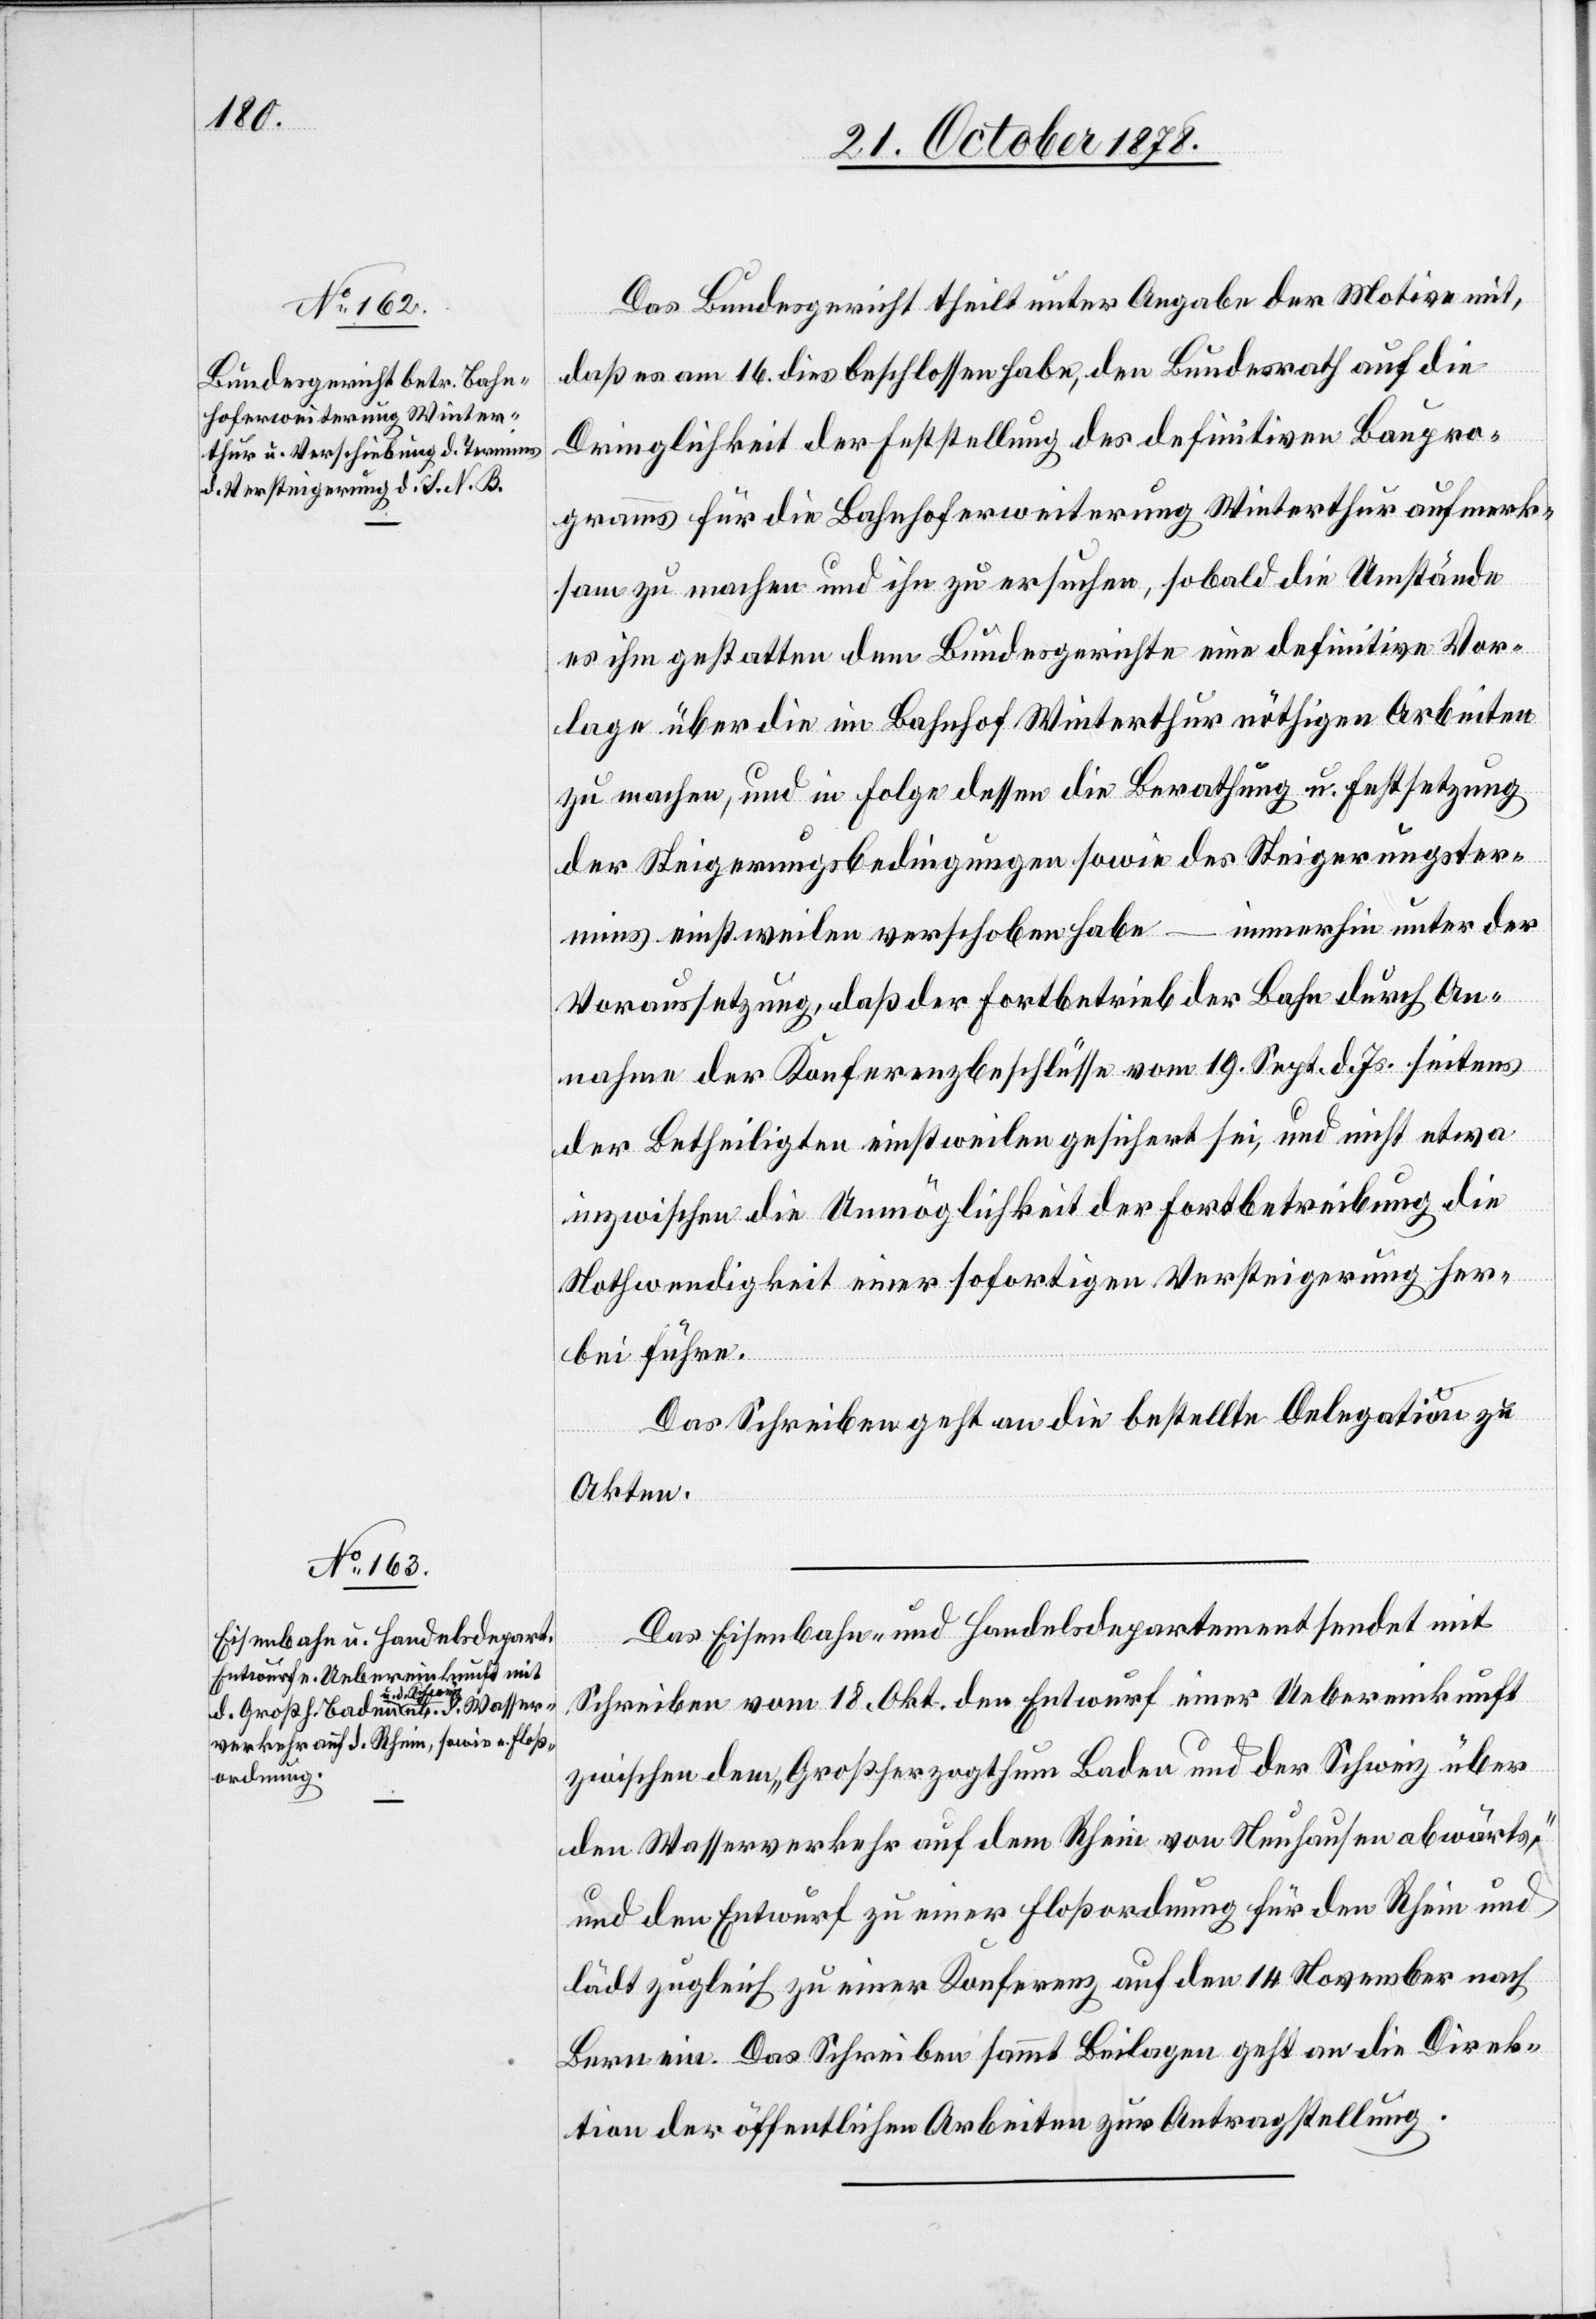
Das Bundesgericht theilt unter Angabe der Motive mit,
daß es am 16. dies beschlossen habe, den Bundesrath auf die
Dringlichkeit der Feststellung des definitiven Baupro¬
gramms für die Bahnhoferweiterung Winterthur aufmerk¬
sam zu machen und ihn zu ersuchen, sobald die Umstände
es ihm gestatten dem Bundesgerichte eine definitive Vor¬
lage über die im Bahnhof Winterthur nöthigen Arbeiten
zu machen, und in Folge dessen die Berathung u. Festsetzung
der Steigerungsbedingungen sowie des Steigerungster¬
mins einstweilen verschoben habe – immerhin unter der
Voraussetzung, daß der Fortbetrieb der Bahn durch An¬
nahme der Konferenzbeschlüsse vom 19. Sept. d. Js. seitens
der Betheiligten einstweilen gesichert sei, und nicht etwa
inzwischen die Unmöglichkeit der Fortbetreibung die
Nothwendigkeit einer sofortigen Versteigerung her¬
bei führe.
Das Schreiben geht an die bestellte Delegation zu
Akten.
Das Eisenbahn- und Handelsdepartement sendet mit
Schreiben vom 18. Okt. den Entwurf einer Uebereinkunft
zwischen dem „Großherzogthum Baden und der Schweiz über
den Wasserverkehr auf dem Rhein von Neuhausen abwärts“,
und den Entwurf zu einer Floßordnung für den Rhein und
lädt zugleich zu einer Konferenz auf den 14 November nach
Bern ein. Das Schreiben sammt Beilagen geht an die Direk¬
tion der öffentlichen Arbeiten zur Antragstellung.